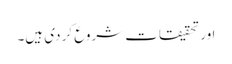
اور تحقیقات شروع کر دی ہیں۔